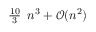
{ \begin{array} { l } { { \frac { 1 0 } { 3 } } } \end{array} } n ^ { 3 } + { \mathcal { O } } ( n ^ { 2 } )